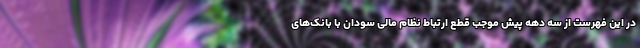
در این فهرست از سه دهه پیش موجب قطع ارتباط نظام مالی سودان با بانک‌های